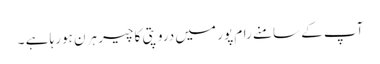
آپ کے سامنے رام پور میں دروپتی کا چیر ہرن ہورہا ہے ۔